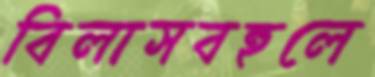
বিলাসবহুলে